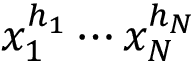
x _ { 1 } ^ { h _ { 1 } } \cdots x _ { N } ^ { h _ { N } }